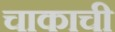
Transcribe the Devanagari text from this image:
चाकाची